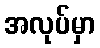
အလုပ်မှာ